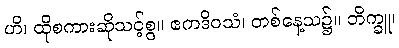
ဟိ၊ ထိုစကားဆိုသင့်စွ။ ဧကဒိဝသံ၊ တစ်နေ့သ၌။ ဘိက္ခူ၊